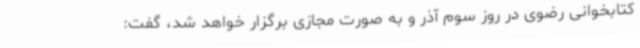
کتابخوانی رضوی در روز سوم آذر و به صورت مجازی برگزار خواهد شد، گفت: